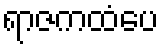
ရာဇကထံပေ